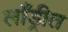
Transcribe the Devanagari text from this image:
लाँड्रीत